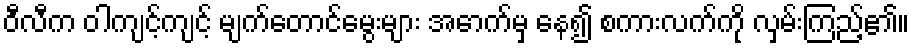
ဝီလီက ဝါကျင့်ကျင့် မျက်တောင်မွေးများ အောက်မှ နေ၍ စကားလက်ကို လှမ်းကြည့်၏။